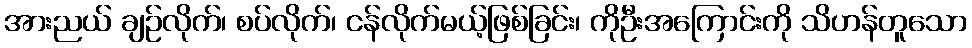
အားညယ် ချဉ်လိုက်၊ စပ်လိုက်၊ ငန်လိုက်မယ့်ဖြစ်ခြင်း၊ ကိုဦးအကြောင်းကို သိဟန်တူသော